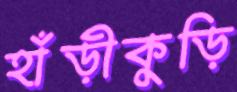
হাঁড়ীকুড়ি